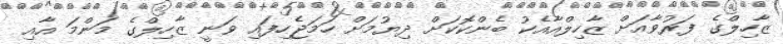
ޒާހިލްގެ ފަރުވާއަށް ޒާހިލްއާއެކު ބެންކޮކަށް ދިޔުމަށް ހަމަޖެހިފައި ވަނީ ޒާހިލްގެ މަންމަ އާއި